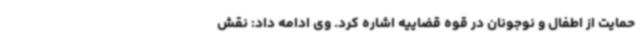
حمایت از اطفال و نوجونان در قوه قضاییه اشاره کرد. وی ادامه داد: نقش